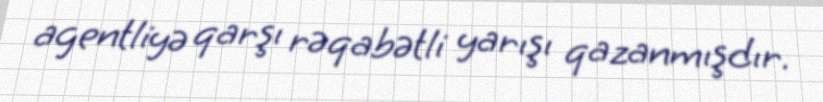
agentliyə qarşı rəqabətli yarışı qazanmışdır.